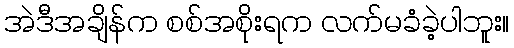
အဲဒီအချိန်က စစ်အစိုးရက လက်မခံခဲ့ပါဘူး။